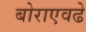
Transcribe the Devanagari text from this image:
बोराएवढे